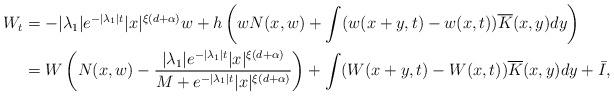
LaTeX: \begin{align*}W_t &= -|\lambda_1| e^{-|\lambda_1|t} |x|^{\xi(d+\alpha)} w+ h \left( w N(x,w) + \int (w(x+y,t)-w(x,t)) \overline{K}(x,y) dy \right) \\&= W \left(N(x,w) -\frac{|\lambda_1| e^{-|\lambda_1| t} |x|^{\xi(d+\alpha)}}{M+e^{-|\lambda_1| t} |x|^{\xi(d+\alpha)}} \right)+ \int (W(x+y,t)-W(x,t)) \overline{K}(x,y) dy + \bar{I} ,\end{align*}